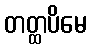
တတ္ထပိမေ